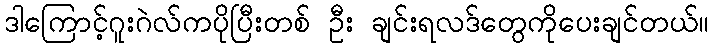
ဒါကြောင့်ဂူးဂဲလ်ကပိုပြီးတစ် ဦး ချင်းရလဒ်တွေကိုပေးချင်တယ်။